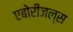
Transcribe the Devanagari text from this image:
एबोरीजल्स